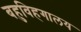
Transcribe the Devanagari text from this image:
बहुविहगालय